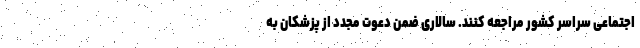
اجتماعی سراسر کشور مراجعه کنند. سالاری ضمن دعوت مجدد از پزشکان به